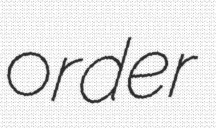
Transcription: order